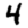
Digit: 4